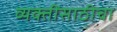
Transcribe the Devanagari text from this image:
व्यक्तींसाठीचा